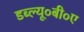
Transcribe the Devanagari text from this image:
डब्ल्यू०बी०ए